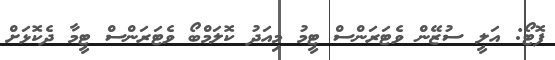
ފޮޓޯ: އަލީ ސުޒޭން ވެޓަރަންސް ޓީމު މިއަދު ކޮލަމްބޯ ވެޓަރަންސް ޓީމާ ދެކޮޅަށް